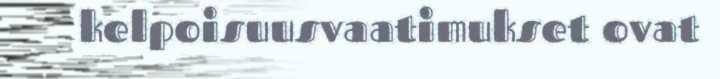
kelpoisuusvaatimukset ovat